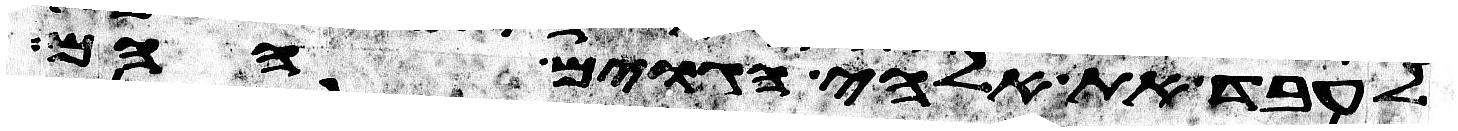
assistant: לעבד את אלהי הגוים ההם